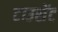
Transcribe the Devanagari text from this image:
टाउसेंट